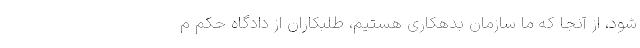
شود، از آنجا که ما سازمان بدهکاری هستیم، طلبکاران از دادگاه حکم م